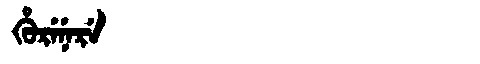
Manchu: ᡥᡠᡵᡝᠨᡝᡵᡝ
Romanization: HURENERE